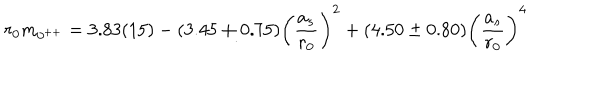
r _ { 0 } m _ { 0 ^ { + + } } = 3 . 8 3 ( 1 5 ) - ( 3 . 4 5 \pm 0 . 7 5 ) \biggl ( { \frac { a _ { s } } { r _ { 0 } } } \biggr ) ^ { 2 } + ( 4 . 5 0 \pm 0 . 8 0 ) \biggl ( { \frac { a _ { s } } { r _ { 0 } } } \biggr ) ^ { 4 }